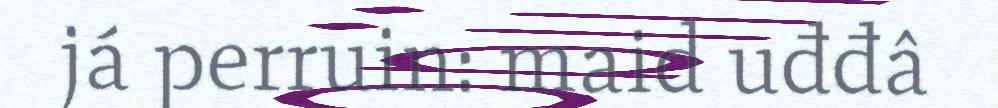
já perruin: maid uđđâ